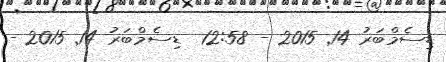
ޑިސެމްބަރު 14